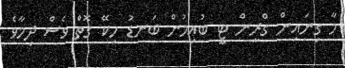
މާ ގިނައިން ގްރީން ޓީ ބުއިމުން ބަނޑު ހިކޭ ގޮތް ވެސް ދިމާވެ